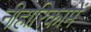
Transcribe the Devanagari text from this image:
नीहारिकामें